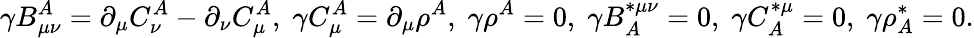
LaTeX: \gamma B_{\mu\nu}^{A}=\partial_{\mu}C_{\nu}^{A}-\partial_{\nu}C_{\mu}^{A},\; \gamma C_{\mu}^{A}=\partial_{\mu}\rho^{A},\; \gamma\rho^{A}=0,\; \gamma B_{A}^{*\mu\nu}=0,\; \gamma C_{A}^{*\mu}=0,\; \gamma\rho_{A}^{*}=0.